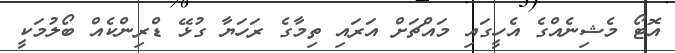
އޮޓޯ މެޝިނެއްގެ އެހީގައި މައްޗަށް އަރައި ތިމާގެ ރަހަޔާ ގުޅޭ ޑްރިންކެއް ބޯލުމަކީ